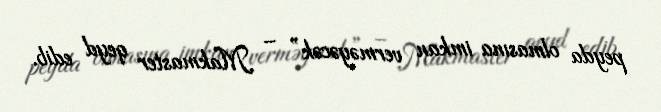
peyda olmasına imkan verməyəcək” – Makmaster qeyd edib.